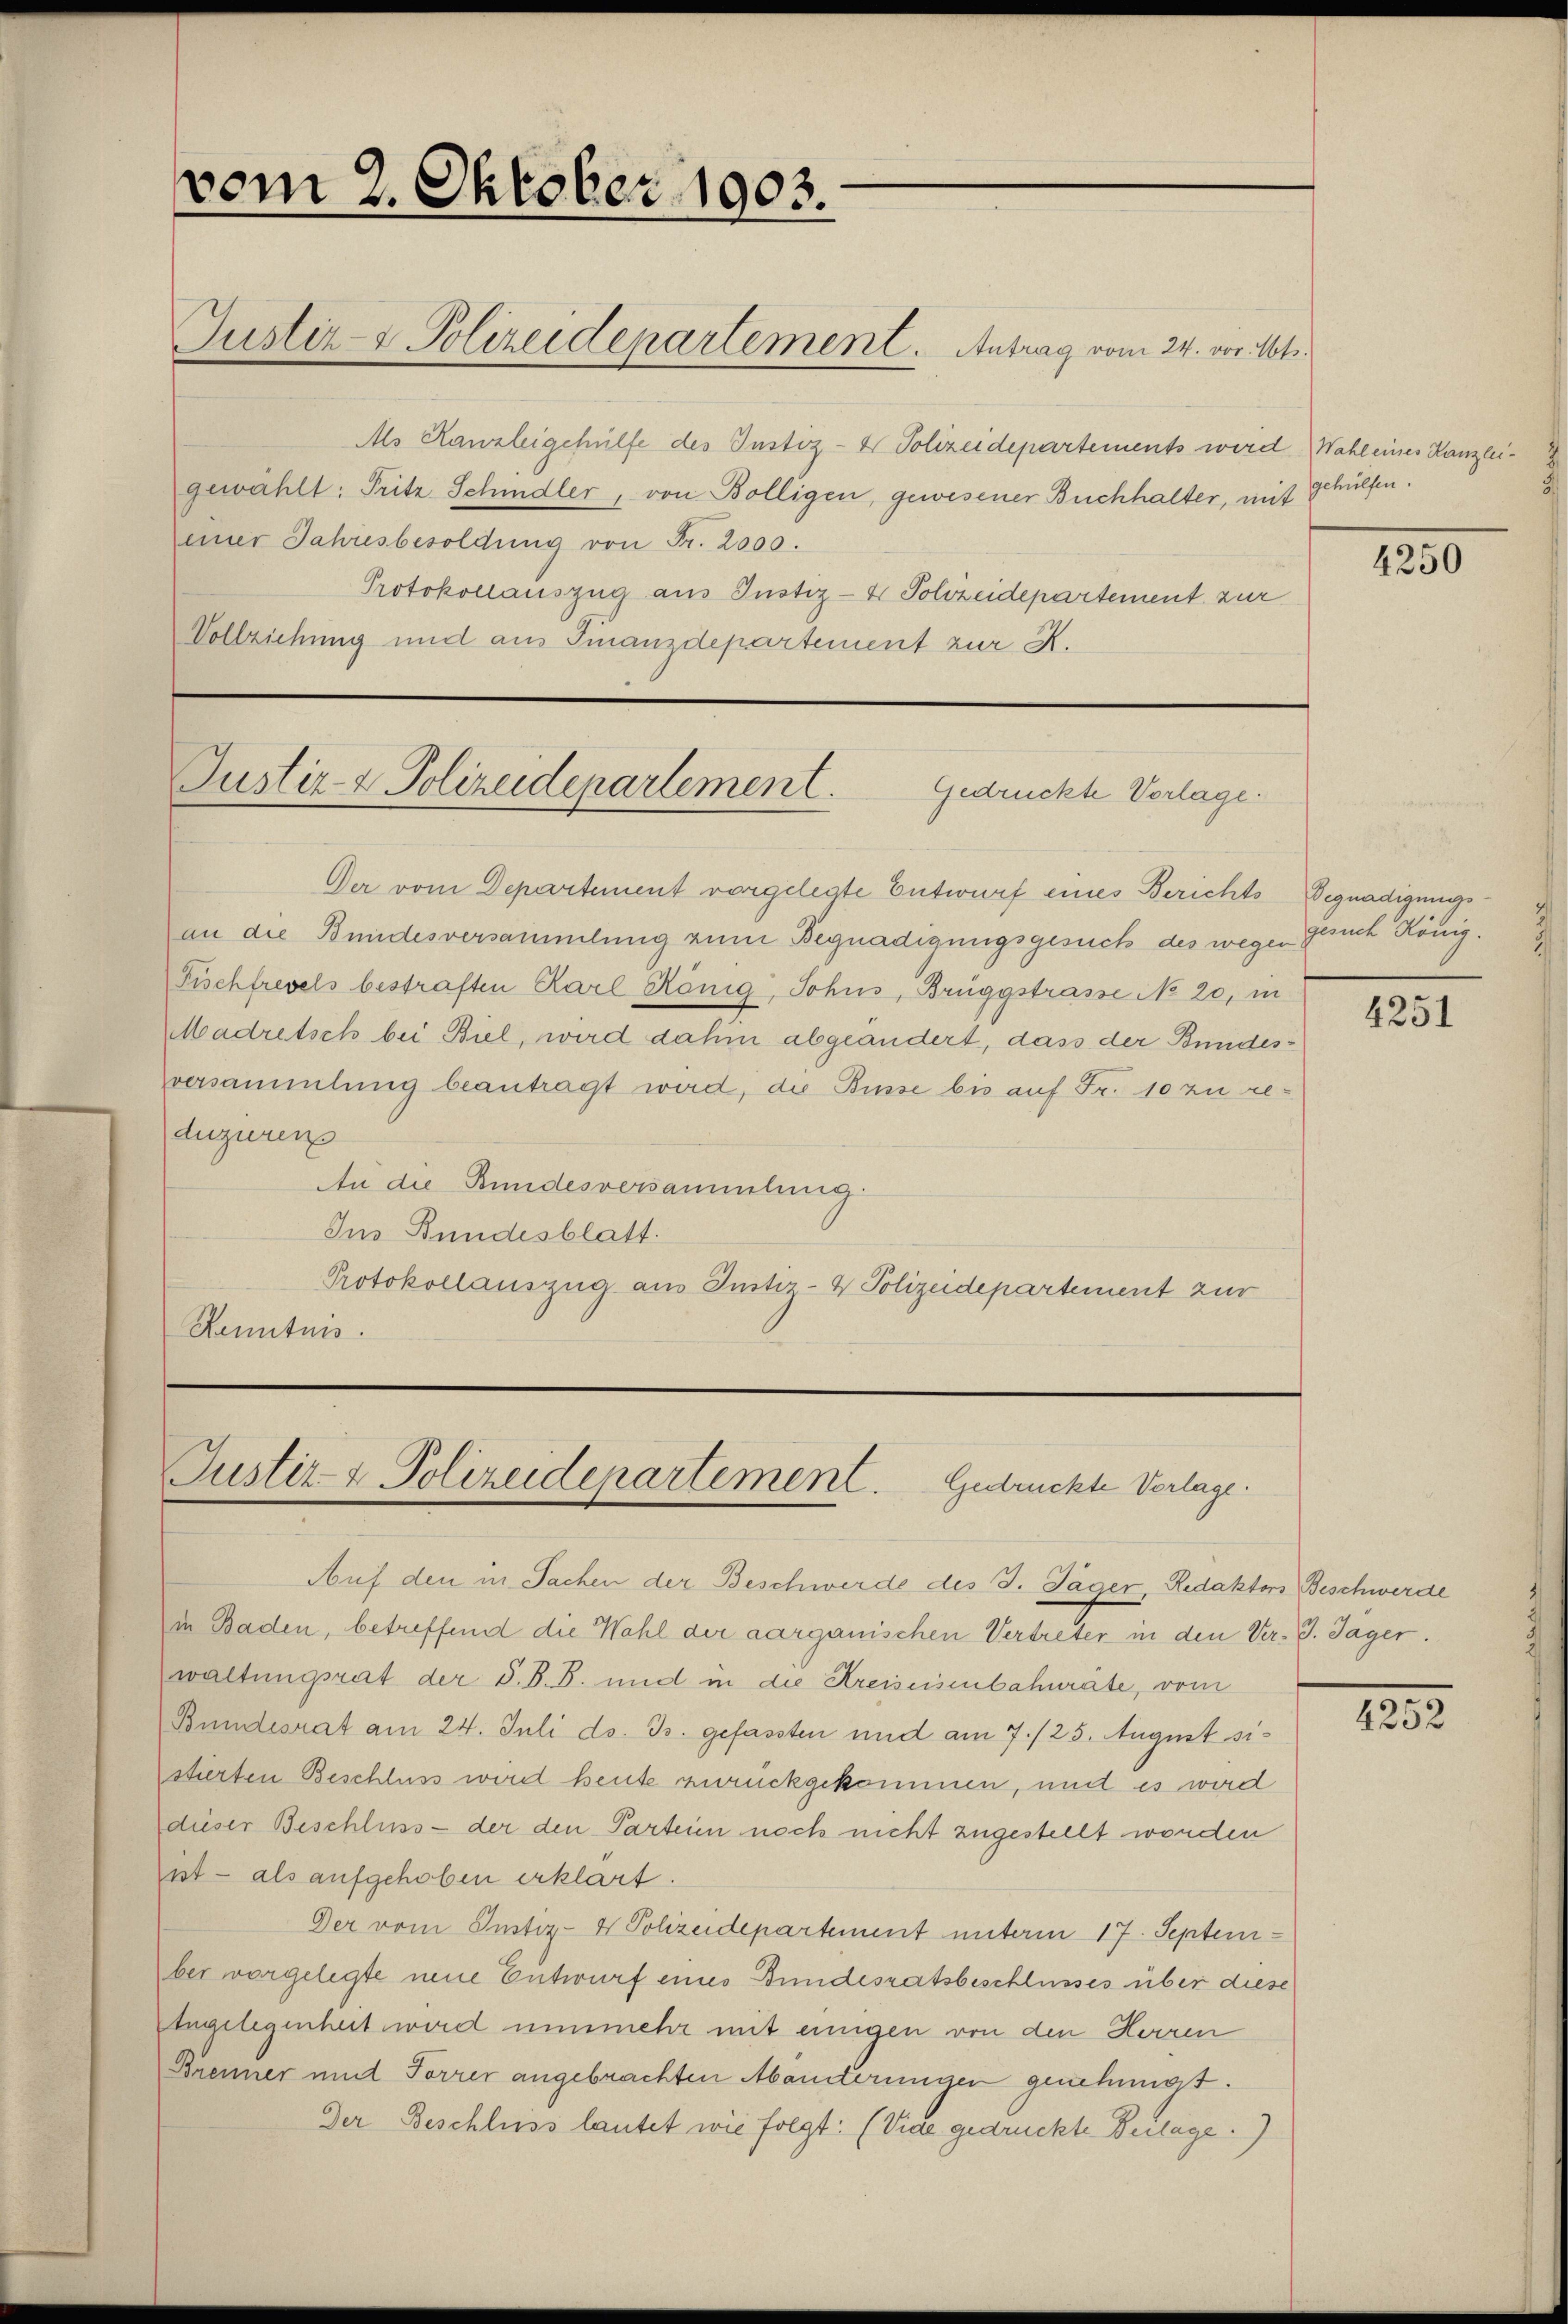
vom 2. Oktober 1903.
Justiz- & Polizeidepartement. Antrag vom 24. vor. Mts.
Als Kanzleigehülfe des Justiz- & Polizeidepartements wird
gewählt: Fritz Schindler, von Bolligen, gewesener Buchhalter, mit
einer Jahresbesoldung von Fr. 2000.
Protokollauszug ans Justiz- & Polizeidepartement zur
Vollziehung und ans Finanzdepartement zur K.
Justiz- & Polizeidepartement. Gedruckte Vorlage.
Der vom Departement vorgelegte Entwurf eines Berichts
an die Bundesversammlung zum Begnadigungsgesuch des wegen
Fischfrevels bestraften Karl König, Sohns, Brüggstrasse No 20, in
Madretsch bei Biel, wird dahin abgeändert, dass der Bundes¬
versammlung beantragt wird, die Busse bis auf Fr. 10 zu re¬
duzieren.
An die Bundesversammlung.
Ins Bundesblatt.
Protokollauszug ans Justiz- & Polizeidepartement zur
Kenntnis.
Justiz- & Polizeidepartement. Gedruckte Vorlage.
Auf den in Sachen der Beschwerde des J. Jäger, Redaktors
in Baden, betreffend die Wahl der aargauischen Vertreter in den Ver¬
waltungsrat der S.B.B und in die Kreiseisenbahnräte, vom
Bundesrat am 24. Juli ds. Js. gefassten und am 7./25. August si¬
stierten Beschluss wird heute zurückgekommen, und es wird
dieser Beschluss — der den Parteien noch nicht zugestellt worden
ist — als aufgehoben erklärt.
Der vom Justiz- & Polizeidepartement unterm 17. Septem¬
ber vorgelegte neue Entwurf eines Bundesratsbeschlusses über diese
Angelegenheit wird nunmehr mit einigen von den Herren
Brenner und Forrer angebrachten Abänderungen genehmigt.
Der Beschluss lautet wie folgt: (Vide gedruckte Beilage.)

Wahl eines Kanzlei¬
gehülfen.
4250

Begnadigungs¬
gesuch König.
4251

Beschwerde
J. Jäger.
4252